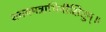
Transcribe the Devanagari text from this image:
शक्यमत्राभिवीक्षितुम्॥